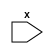
//test type : port_declaration
//vparser rule name : 
module declaration_0100(x);
 (* a , b, c = 1 *) input x;
endmodule